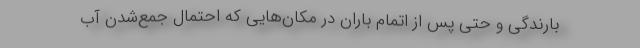
بارندگی و حتی پس از اتمام باران در مکان‌هایی که احتمال جمع‌شدن ‌آب